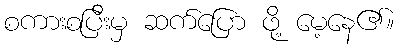
စကားစပြီးမှ ဆက်ပြော ဖို့ မေ့နေ၏။